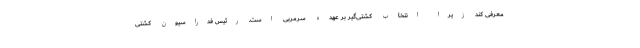
معرفی کند زیرا انتخاب کشتی‌گیر بر عهده سرمربی است. رئیس فدراسیون کشتی